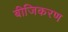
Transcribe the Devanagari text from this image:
बीजिकरण